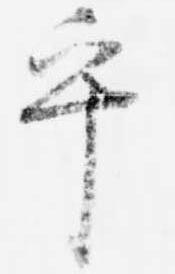
乎